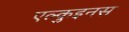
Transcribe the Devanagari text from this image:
एल्कुइनस